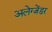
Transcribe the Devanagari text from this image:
अलेग्जेंडर